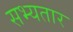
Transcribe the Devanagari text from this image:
सभ्यतार